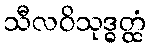
သီလဝိသုဒ္ဓတ္ထံ